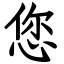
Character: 您